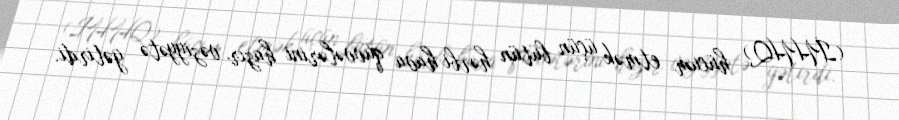
(İHHQ) hücum etmək üçün bütün hərbi hava qüvvələrini hazır vəziyyətə gətirdi.